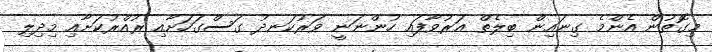
މިގޮތުން އެންމެ ގިނައިން ބިލެތް އަރުވާފައި ހުންނަނީ ވަރުކަނދު ގަސްގަހަށާއި ރުއްރުކަށާއި މިދިލި